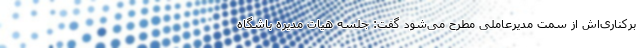
برکناری‌اش از سمت مدیرعاملی مطرح می‌شود گفت: جلسه هیات مدیره باشگاه